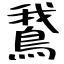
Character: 鵞